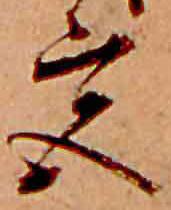
宮